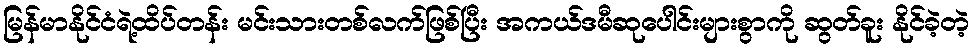
မြန်မာနိုင်ငံရဲ့ထိပ်တန်း မင်းသားတစ်လက်ဖြစ်ပြီး အကယ်ဒမီဆုပေါင်းများစွာကို ဆွတ်ခူး နိုင်ခဲ့တဲ့